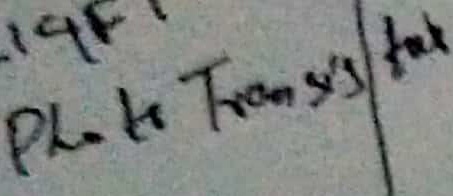
Text: Photo Transistor